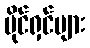
ပိုင်ရှင်များ